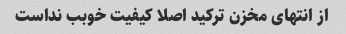
از انتهای مخزن ترکید اصلا کیفیت خوبب نداست